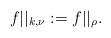
LaTeX: \begin{align*} f||_{k, \nu} := f||_{\rho}. \end{align*}